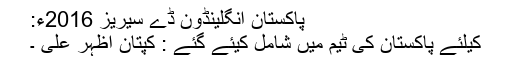
پاکستان انگلینڈوَن ڈے سیریز 2016ء:
کیلئے پاکستان کی ٹیم میں شامل کیئے گئے : کپتان اظہر علی ۔